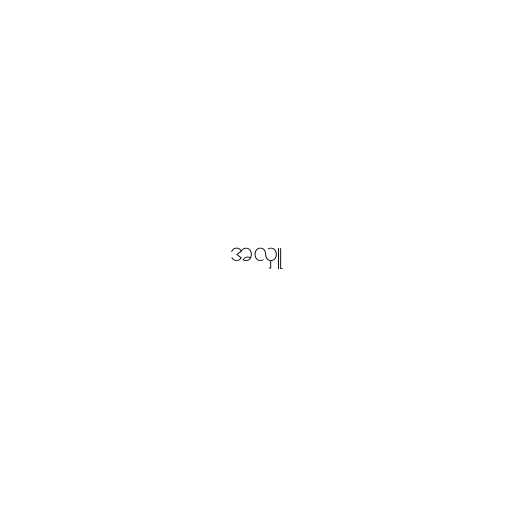
အလှူ